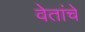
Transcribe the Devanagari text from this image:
वेतांचे